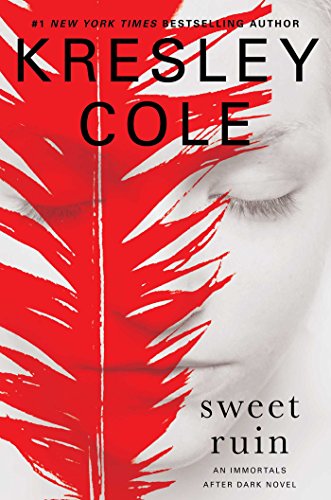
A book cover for Sweet Ruin (Immortals After Dark); Kresley Cole; Romance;